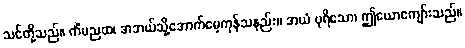
သင်တို့သည်။ ကိံမညထ၊ အဘယ်သို့အောက်မေ့ကုန်သနည်း။ အယံ ပုရိသော၊ ဤယောကျော်းသည်။